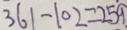
3 6 1 - 1 0 2 = 2 5 9